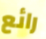
رائع